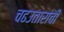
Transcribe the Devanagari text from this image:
चढउतारांची